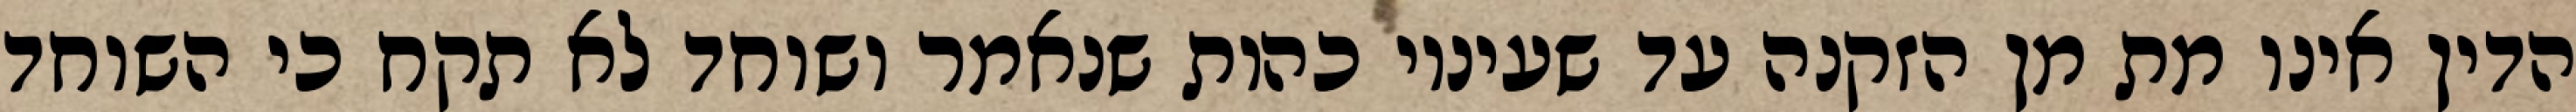
הדין אינו מת מן הזקנה עד שעיניו כהות שנאמר ושוחד לא תקח כי השוחד